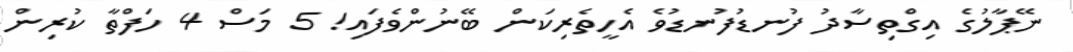
ނޭޕާލުގެ އިގްތިސާދު ފުނޑުފުނޑުވެ އެހީތެރިކަން ބޭނުންވެފައި! 5 މަސް 4 ހަފްތާ ކުރިން